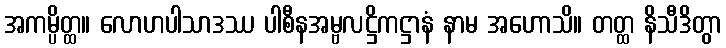
အကမ္ပိတ္ထ။ လောဟပါသာဒဿ ပါစီနအမ္ဗလဋ္ဌိကဋ္ဌာနံ နာမ အဟောသိ။ တတ္ထ နိသီဒိတွာ